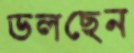
ডলছেন